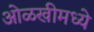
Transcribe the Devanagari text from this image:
ओळखीमध्ये